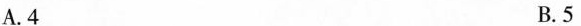
A.4 B.5